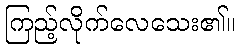
ကြည့်လိုက်လေသေး၏။